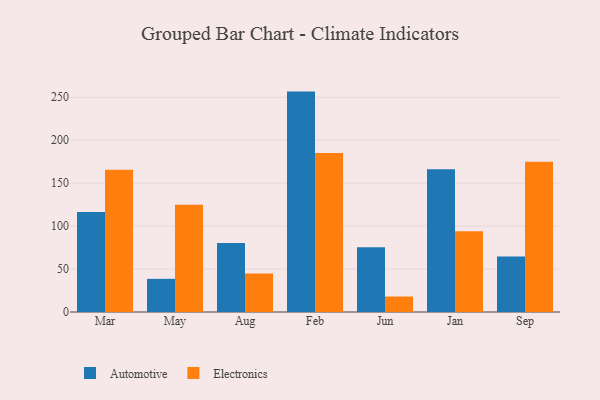
{"axis": {"x": "Month", "y": "Conversion Rate (%)"}, "legend": ["Automotive", "Electronics"], "data": [{"x": "Mar", "y": 116.4, "type": "Automotive"}, {"x": "Mar", "y": 165.6, "type": "Electronics"}, {"x": "May", "y": 38.6, "type": "Automotive"}, {"x": "May", "y": 124.8, "type": "Electronics"}, {"x": "Aug", "y": 80.2, "type": "Automotive"}, {"x": "Aug", "y": 44.8, "type": "Electronics"}, {"x": "Feb", "y": 256.6, "type": "Automotive"}, {"x": "Feb", "y": 185.2, "type": "Electronics"}, {"x": "Jun", "y": 75.5, "type": "Automotive"}, {"x": "Jun", "y": 18.0, "type": "Electronics"}, {"x": "Jan", "y": 166.2, "type": "Automotive"}, {"x": "Jan", "y": 93.9, "type": "Electronics"}, {"x": "Sep", "y": 64.5, "type": "Automotive"}, {"x": "Sep", "y": 175.0, "type": "Electronics"}]}